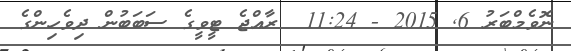
ނޮވެމްބަރު 6